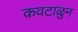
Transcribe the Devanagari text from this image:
कवटाळुन